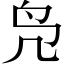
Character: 凫